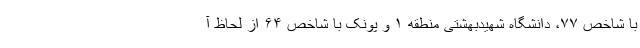
با شاخص ۷۷، دانشگاه شهیدبهشتی منطقه ۱ و پونک با شاخص ۶۴ از لحاظ آ